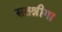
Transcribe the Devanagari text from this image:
सतश्रीगा